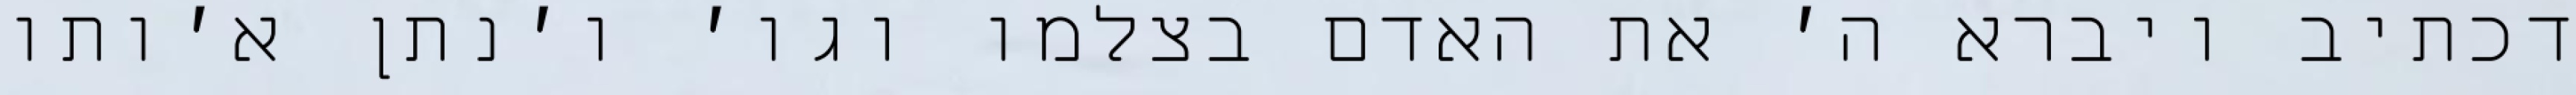
דכתיב ויברא ה׳ את האדם בצלמו וגו׳ ו׳נתן א׳ותו